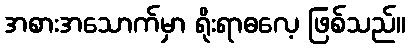
အစားအသောက်မှာ ရိုးရာဓလေ့ ဖြစ်သည်။